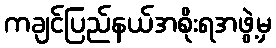
ကချင်ပြည်နယ်အစိုးရအဖွဲ့မှ